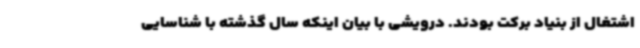
اشتغال از بنیاد برکت بودند. درویشی با بیان اینکه سال گذشته با شناسایی